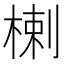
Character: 楋